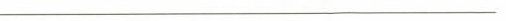
___